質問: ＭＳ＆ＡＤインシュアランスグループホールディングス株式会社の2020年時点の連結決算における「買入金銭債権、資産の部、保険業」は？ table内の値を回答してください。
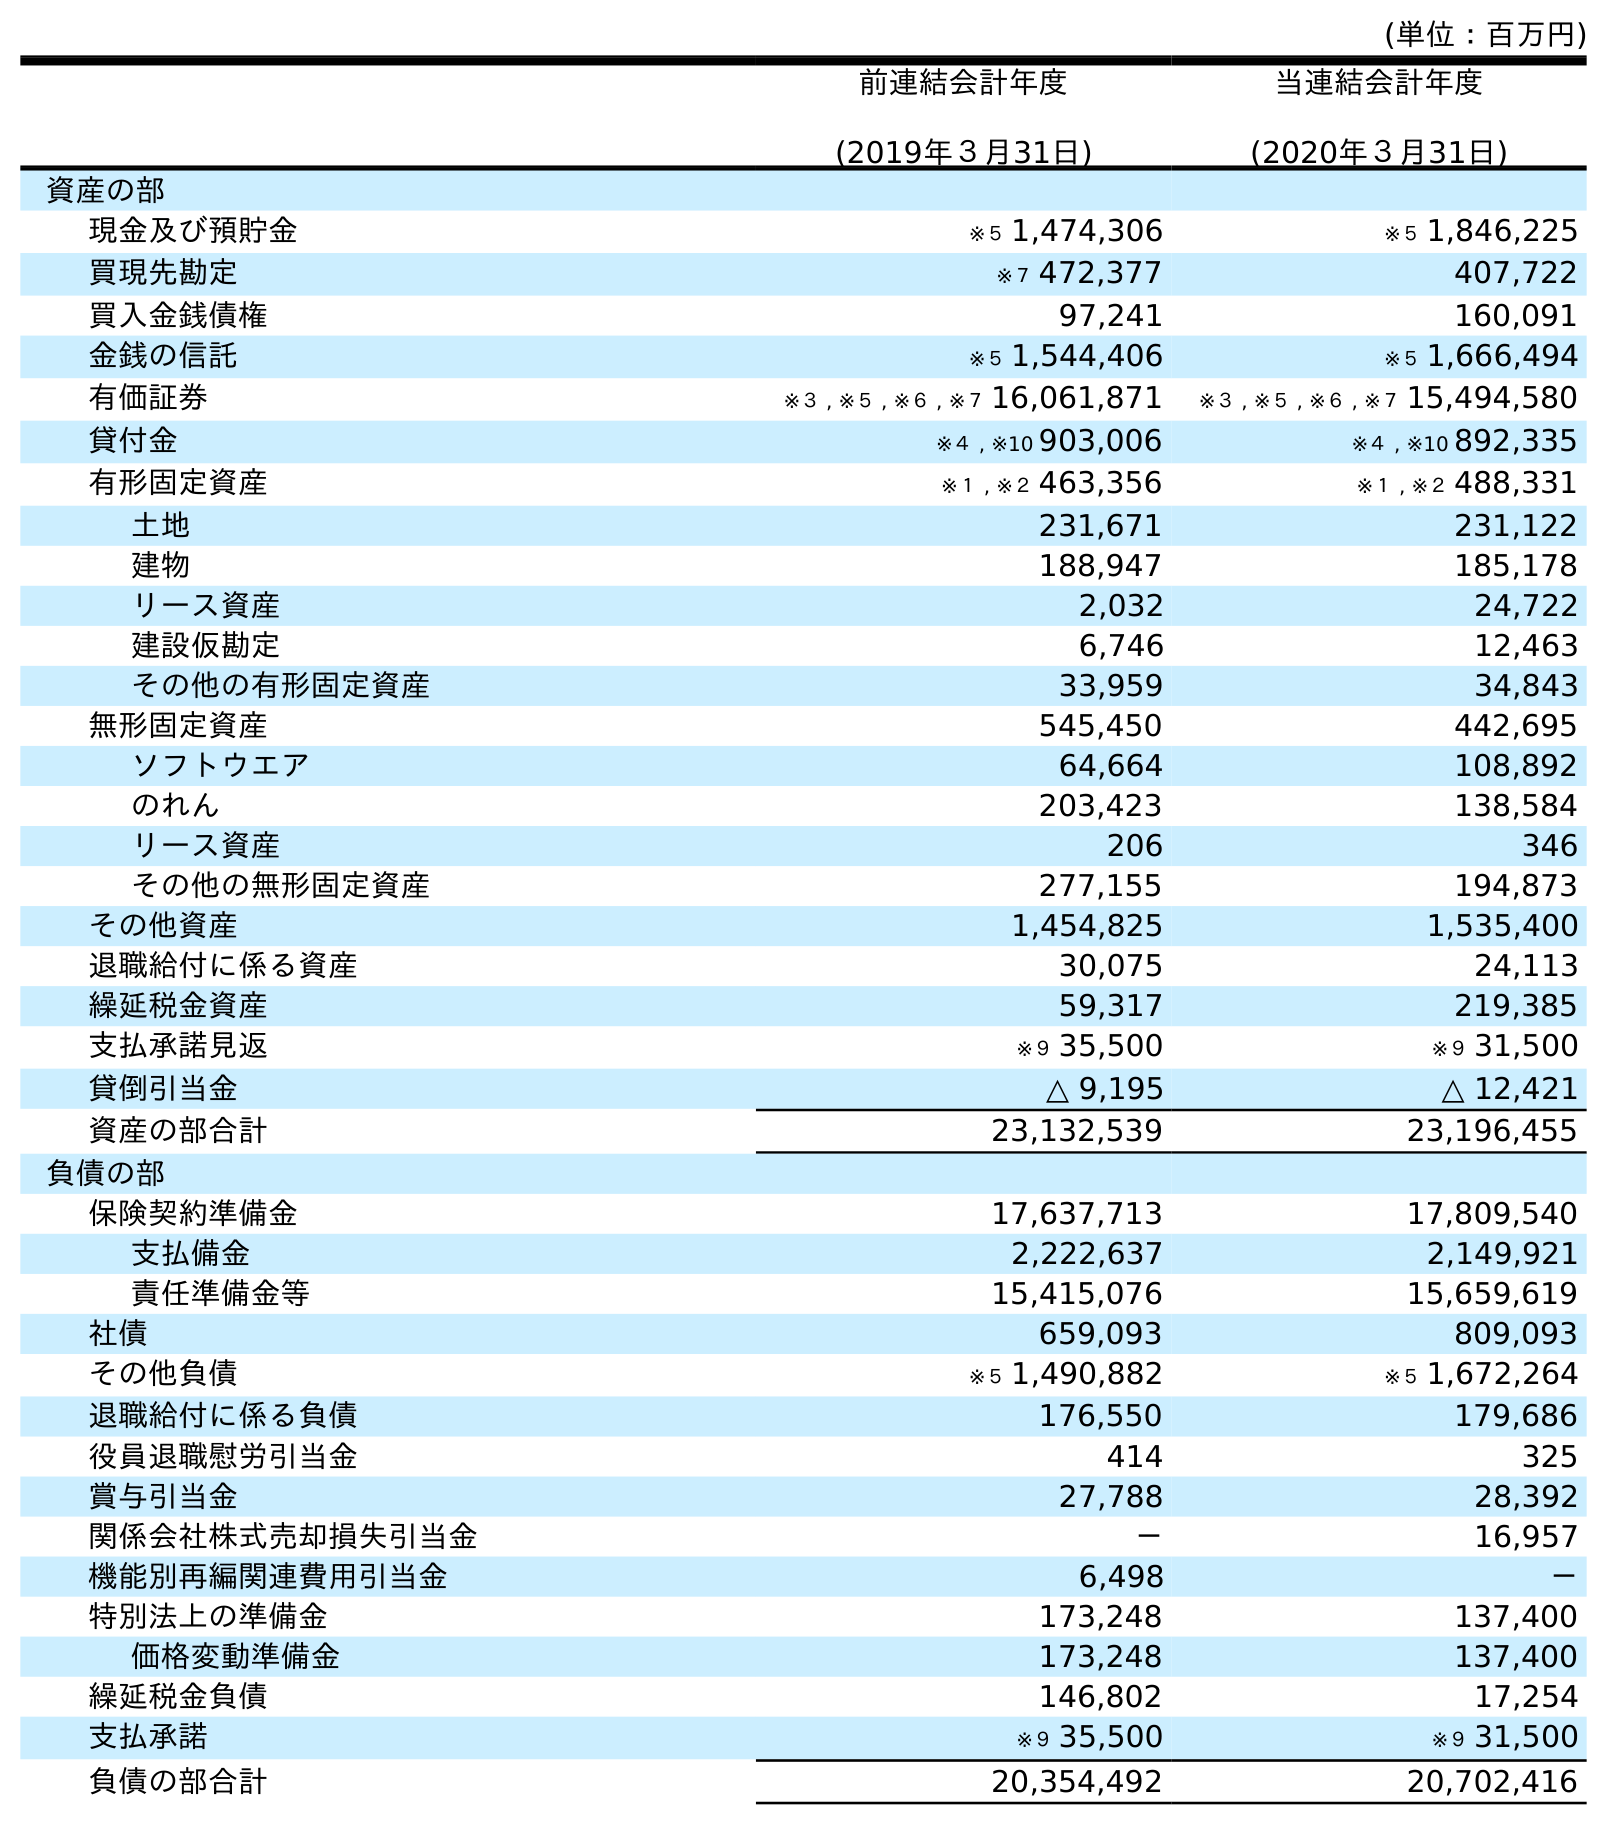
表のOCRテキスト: (単位：百万円) 前連結会計年度 (2019年３月31日) 当連結会計年度 (2020年３月31日) 資産の部 現金及び預貯金 ※５ 1,474,306 ※５ 1,846,225 買現先勘定 ※７ 472,377 407,722 買入金銭債権 97,241 160,091 金銭の信託 ※５ 1,544,406 ※５ 1,666,494 有価証券 ※３ , ※５ , ※６ , ※７ 16,061,871 ※３ , ※５ , ※６ , ※７ 15,494,580 貸付金 ※４ , ※10 903,006 ※４ , ※10 892,335 有形固定資産 ※１ , ※２ 463,356 ※１ , ※２ 488,331 土地 231,671 231,122 建物 188,947 185,178 リース資産 2,032 24,722 建設仮勘定 6,746 12,463 その他の有形固定資産 33,959 34,843 無形固定資産 545,450 442,695 ソフトウエア 64,664 108,892 のれん 203,423 138,584 リース資産 206 346 その他の無形固定資産 277,155 194,873 その他資産 1,454,825 1,535,400 退職給付に係る資産 30,075 24,113 繰延税金資産 59,317 219,385 支払承諾見返 ※９ 35,500 ※９ 31,500 貸倒引当金 △ 9,195 △ 12,421 資産の部合計 23,132,539 23,196,455 負債の部 保険契約準備金 17,637,713 17,809,540 支払備金 2,222,637 2,149,921 責任準備金等 15,415,076 15,659,619 社債 659,093 809,093 その他負債 ※５ 1,490,882 ※５ 1,672,264 退職給付に係る負債 176,550 179,686 役員退職慰労引当金 414 325 賞与引当金 27,788 28,392 関係会社株式売却損失引当金 － 16,957 機能別再編関連費用引当金 6,498 － 特別法上の準備金 173,248 137,400 価格変動準備金 173,248 137,400 繰延税金負債 146,802 17,254 支払承諾 ※９ 35,500 ※９ 31,500 負債の部合計 20,354,492 20,702,416
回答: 160,091